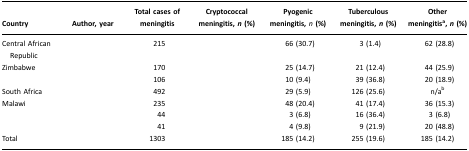
<table><thead><tr><td><b>Country</b></td><td><b>Author, year</b></td><td><b>Total cases of meningitis</b></td><td><b>Cryptococcal meningitis, <i>n</i> (%)</b></td><td><b>Pyogenic meningitis, <i>n</i> (%)</b></td><td><b>Tuberculous meningitis, <i>n</i> (%)</b></td><td><b>Other meningitisa, <i>n</i> (%)</b></td></tr></thead><tbody><tr><td>Central African Republic</td><td>[EMPTY_CELL]</td><td>215</td><td>[EMPTY_CELL]</td><td>66 (30.7)</td><td>3 (1.4)</td><td>62 (28.8)</td></tr><tr><td>Zimbabwe</td><td>[EMPTY_CELL]</td><td>170</td><td>[EMPTY_CELL]</td><td>25 (14.7)</td><td>21 (12.4)</td><td>44 (25.9)</td></tr><tr><td>[EMPTY_CELL]</td><td>[EMPTY_CELL]</td><td>106</td><td>[EMPTY_CELL]</td><td>10 (9.4)</td><td>39 (36.8)</td><td>20 (18.9)</td></tr><tr><td>South Africa</td><td>[EMPTY_CELL]</td><td>492</td><td>[EMPTY_CELL]</td><td>29 (5.9)</td><td>126 (25.6)</td><td>n/ab</td></tr><tr><td>Malawi</td><td>[EMPTY_CELL]</td><td>235</td><td>[EMPTY_CELL]</td><td>48 (20.4)</td><td>41 (17.4)</td><td>36 (15.3)</td></tr><tr><td>[EMPTY_CELL]</td><td>[EMPTY_CELL]</td><td>44</td><td>[EMPTY_CELL]</td><td>3 (6.8)</td><td>16 (36.4)</td><td>3 (6.8)</td></tr><tr><td>[EMPTY_CELL]</td><td>[EMPTY_CELL]</td><td>41</td><td>[EMPTY_CELL]</td><td>4 (9.8)</td><td>9 (21.9)</td><td>20 (48.8)</td></tr><tr><td>Total</td><td>[EMPTY_CELL]</td><td>1303</td><td>[EMPTY_CELL]</td><td>185 (14.2)</td><td>255 (19.6)</td><td>185 (14.2)</td></tr></tbody></table>